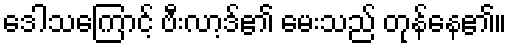
ဒေါသကြောင့် ဗီးလာ့ဒ်၏ မေးသည် တုန်နေ၏။